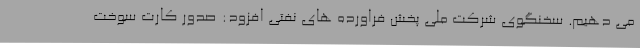
می دهیم. سخنگوی شرکت ملی پخش فراورده های نفتی افزود: صدور کارت سوخت